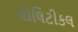
પોલિટીકલ